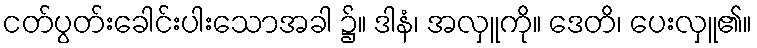
ငတ်ပွတ်းခေါင်းပါးသောအခါ ၌။ ဒါနံ၊ အလှူကို။ ဒေတိ၊ ပေးလှူ၏။